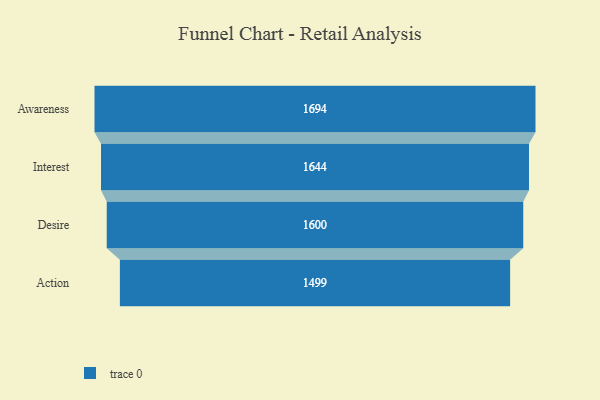
{"axis": {"x": "Stage", "y": "Value"}, "legend": [""], "data": [{"x": "Awareness", "y": 1694.0, "type": ""}, {"x": "Interest", "y": 1644.0, "type": ""}, {"x": "Desire", "y": 1600.0, "type": ""}, {"x": "Action", "y": 1499.0, "type": ""}]}